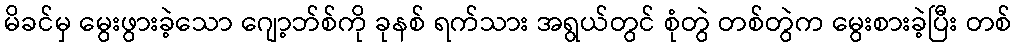
မိခင်မှ မွေးဖွားခဲ့သော ဂျော့ဘ်စ်ကို ခုနစ် ရက်သား အရွယ်တွင် စုံတွဲ တစ်တွဲက မွေးစားခဲ့ပြီး တစ်